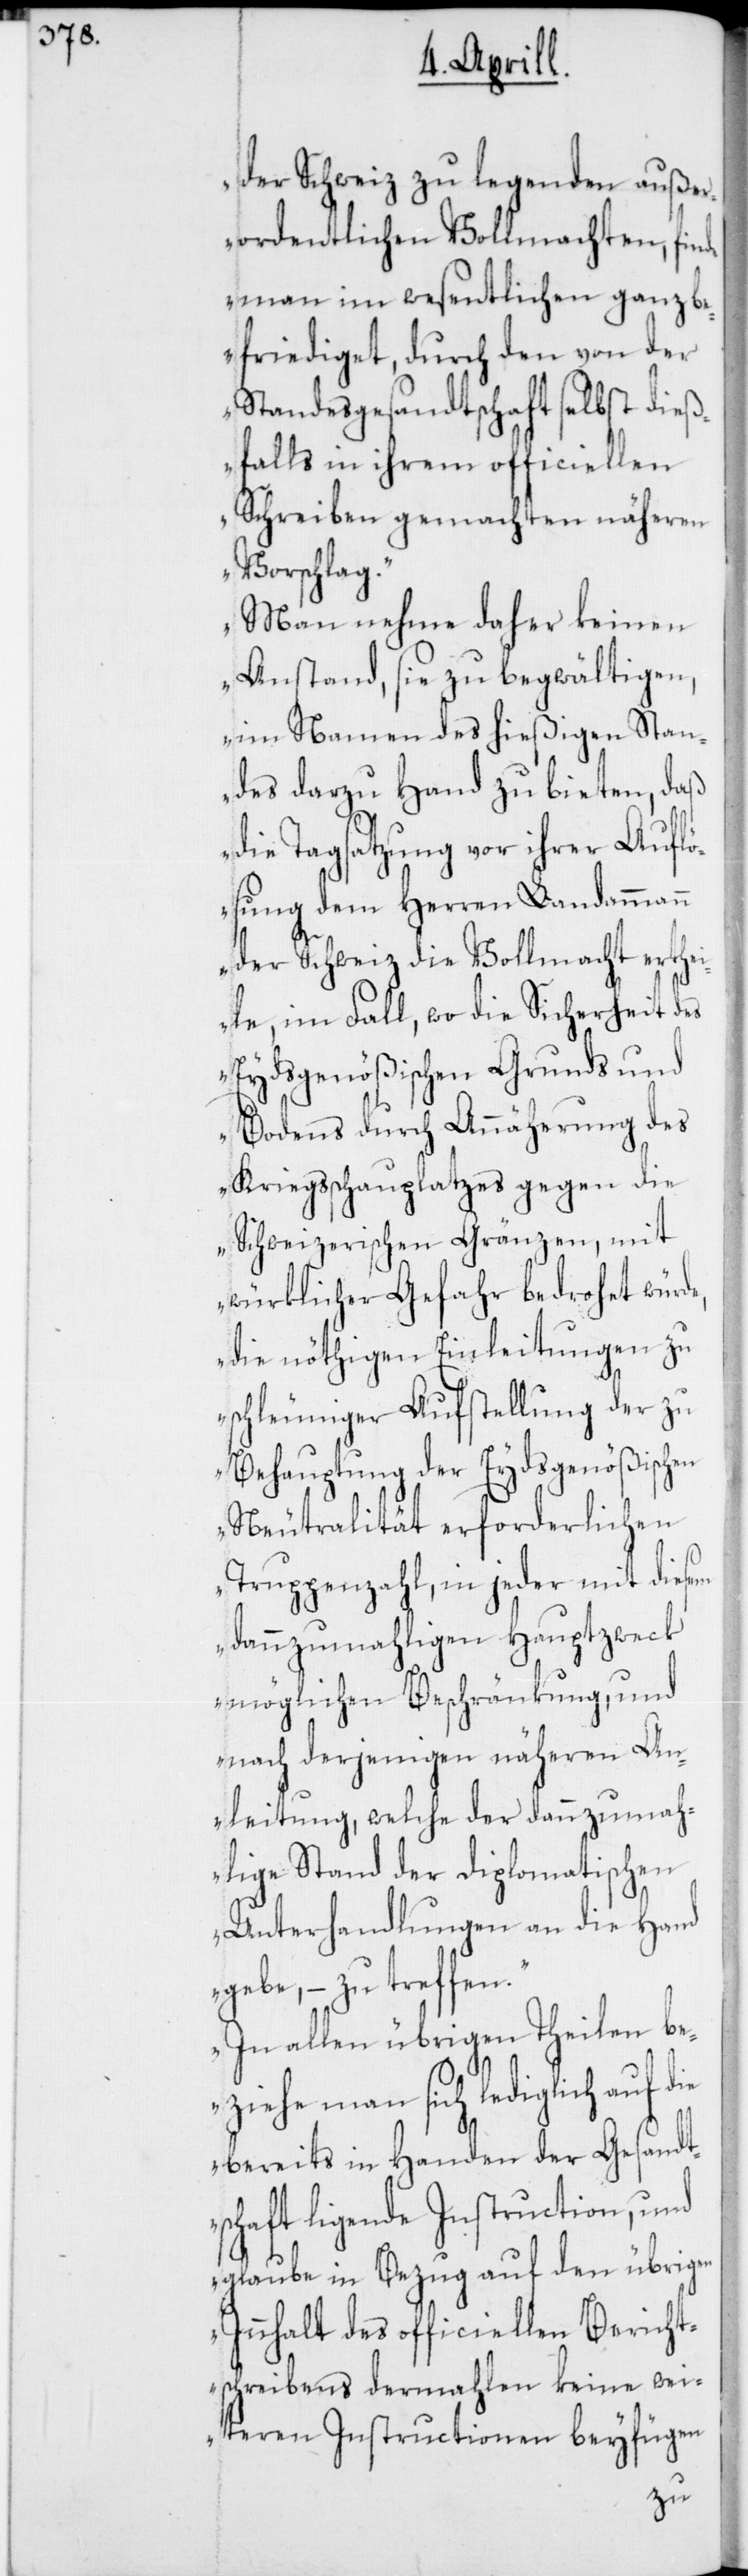
der Schweiz zu legenden auße¬
rordentlichen Vollmachten, finde
man im wesentlichen ganz be¬
friediget, durch den von der
Standesgesandtschaft selbst dieß¬
falls in ihrem officiellen
Schreiben gemachten näheren
Vorschlag.
Man nehme daher keinen
Anstand, sie zu begwältigen,
im Namen des hießigen Stan¬
des darzu Hand zu bieten, daß
die Tagsatzung vor ihrer Aufl¬
ösung dem Herren Landammann
der Schweiz die Vollmacht erthei¬
le, im Fall, wo die Sicherheit des
Eydsgenößischen Grunds und
Bodens durch Annäherung des
Kriegsschauplatzes gegen die
Schweizerischen Gränzen, mit
würklicher Gefahr bedrohet wür¬
die nöthigen Einleitungen zu
schleuniger Aufstellung der
chen
Behauptung der Eyds¬
Neutralität erforderlichen
ie
Truppenzahl, in jeder
dannzumahligen
möglichen Beschränkung, und
nach derjenigen näheren An¬
leitung, welche der dannzu¬
atis¬
lige Stand der diplom¬
Unterhandlungen an die Hand
gebe, – zu treffen.
In allen übrigen Theilen be¬
ziehe man sich lediglich auf d¬
bereits in Handen der Gesandt¬
schaft ligende Instruction, und
glaube in Bezug auf den übrigen
Innhalt des officiellen Bericht¬
schreibens dermahlen keine wei¬
teren Instructionen beyfügen